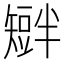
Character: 𥐆